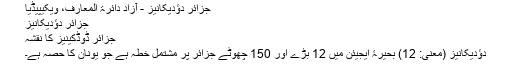
جزائر دؤدیکانیز - آزاد دائرۃ المعارف، ویکیپیڈیا
جزائر دؤدیکانیز
جزائر ڈوڈکینیز کا نقشہ
دؤدیکانیز (معنی: 12) بحیرۂ ایجیئن میں 12 بڑے اور 150 چھوٹے جزائر پر مشتمل خطہ ہے جو یونان کا حصہ ہے۔